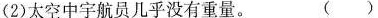
(2)太空中宇航员几乎没有重量。 ( )